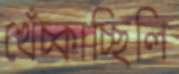
খেঁচ্‌কাচ্ছিলি